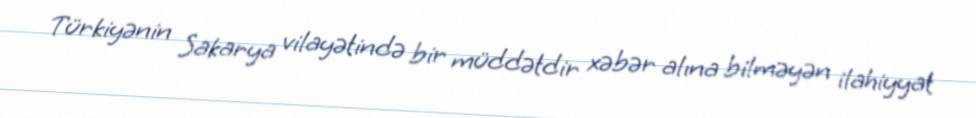
Türkiyənin Sakarya vilayətində bir müddətdir xəbər alına bilməyən ilahiyyat